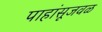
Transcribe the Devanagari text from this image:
पाहांसूजवळ